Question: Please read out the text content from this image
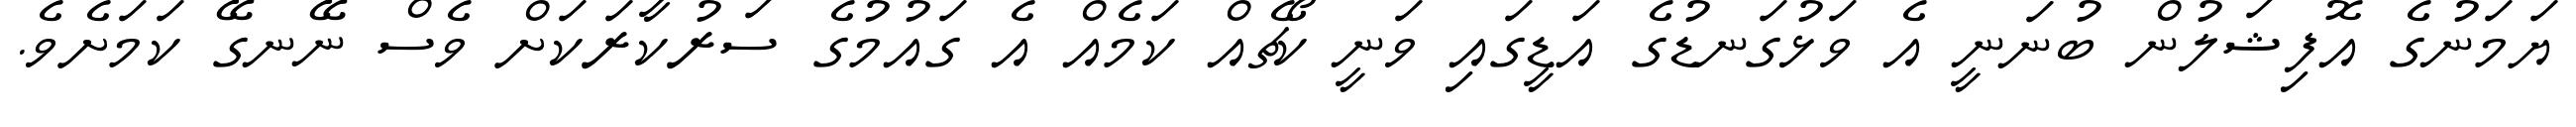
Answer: ޔަމަނުގެ އޮފިޝަލުން ބުނަނީ އެ ވަޅުގަނޑުގެ އަޑީގައި ވަނީ ކޯޗެއް ކަމެއް އެ ގައުމުގެ ސަރުކާރަކަށް ވެސް ނޭނގޭ ކަމަށެވެ.